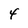
Character: 4